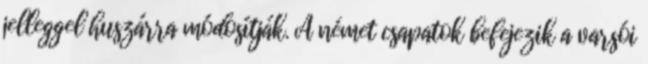
jelleggel huszárra módosítják. A német csapatok befejezik a varsói